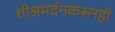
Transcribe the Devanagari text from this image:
शीश्नमर्दनकरूनही